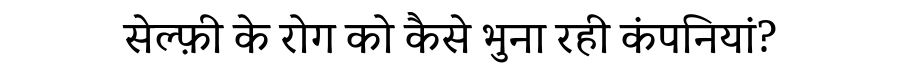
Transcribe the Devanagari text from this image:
सेल्फ़ी के रोग को कैसे भुना रही कंपनियां?